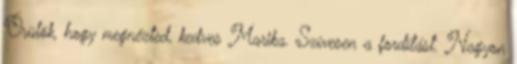
Örülök, hogy megnézted, kedves Marika. Szívesen a fordítást. Nagyon